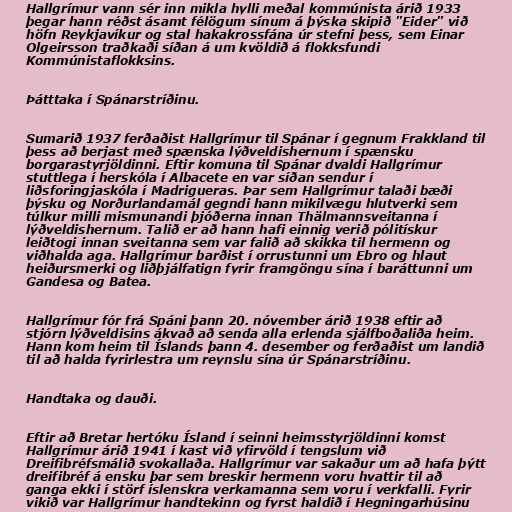
Hallgrímur vann sér inn mikla hylli meðal kommúnista árið 1933
þegar hann réðst ásamt félögum sínum á þýska skipið "Eider" við
höfn Reykjavíkur og stal hakakrossfána úr stefni þess, sem Einar
Olgeirsson traðkaði síðan á um kvöldið á flokksfundi
Kommúnistaflokksins.

Þátttaka í Spánarstríðinu.

Sumarið 1937 ferðaðist Hallgrímur til Spánar í gegnum Frakkland til
þess að berjast með spænska lýðveldishernum í spænsku
borgarastyrjöldinni. Eftir komuna til Spánar dvaldi Hallgrímur
stuttlega í herskóla í Albacete en var síðan sendur í
liðsforingjaskóla í Madrigueras. Þar sem Hallgrímur talaði bæði
þýsku og Norðurlandamál gegndi hann mikilvægu hlutverki sem
túlkur milli mismunandi þjóðerna innan Thälmannsveitanna í
lýðveldishernum. Talið er að hann hafi einnig verið pólitískur
leiðtogi innan sveitanna sem var falið að skikka til hermenn og
viðhalda aga. Hallgrímur barðist í orrustunni um Ebro og hlaut
heiðursmerki og liðþjálfatign fyrir framgöngu sína í baráttunni um
Gandesa og Batea.

Hallgrímur fór frá Spáni þann 20. nóvember árið 1938 eftir að
stjórn lýðveldisins ákvað að senda alla erlenda sjálfboðaliða heim.
Hann kom heim til Íslands þann 4. desember og ferðaðist um landið
til að halda fyrirlestra um reynslu sína úr Spánarstríðinu.

Handtaka og dauði.

Eftir að Bretar hertóku Ísland í seinni heimsstyrjöldinni komst
Hallgrímur árið 1941 í kast við yfirvöld í tengslum við
Dreifibréfsmálið svokallaða. Hallgrímur var sakaður um að hafa þýtt
dreifibréf á ensku þar sem breskir hermenn voru hvattir til að
ganga ekki í störf íslenskra verkamanna sem voru í verkfalli. Fyrir
vikið var Hallgrímur handtekinn og fyrst haldið í Hegningarhúsinu